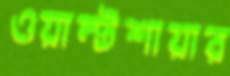
ওয়াল্টশায়ার